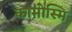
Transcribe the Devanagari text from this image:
कामोस्मि